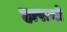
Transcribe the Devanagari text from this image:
हारानो